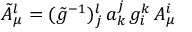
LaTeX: \tilde { A } _ { \mu } ^ { l } = ( \tilde { g } ^ { - 1 } ) { } _ { j } ^ { l } \, a _ { k } ^ { j } \, g _ { i } ^ { k } \, A _ { \mu } ^ { i }